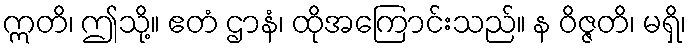
ဣတိ၊ ဤသို့။ ဧတံ ဌာနံ၊ ထိုအကြောင်းသည်။ န ဝိဇ္ဇတိ၊ မရှိ၊